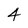
Character: 4